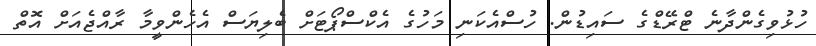
ހުޅުވިގެންދާނެ ޓްރޭޑްގެ ސައިޑުން. ހުސްއެކަނި މަހުގެ އެކްސްޕޯޓަށް ބެލިޔަސް އެހެންވީމާ ރާއްޖެއަށް އޮތް